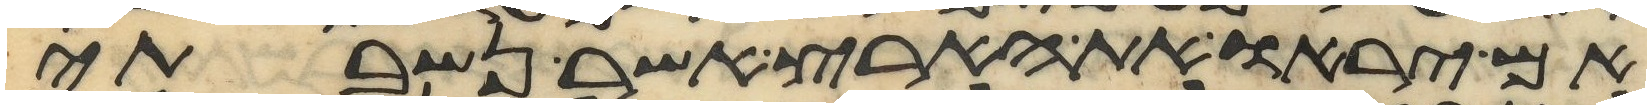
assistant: אם יראו את הארץ אשר נשבעתי